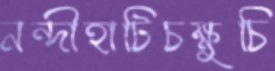
নন্দীহাটিচক্ষুচি